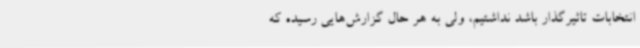
انتخابات تاثیرگذار باشد نداشتیم، ولی به هر حال گزارش‌هایی رسیده که